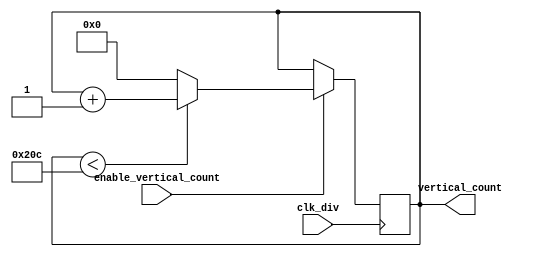
module vertical_vga_counter(
    input clk_div,
    input enable_vertical_count,
    output reg [15:0] vertical_count = 16'b0
);

always @(posedge clk_div) begin
    if(enable_vertical_count == 1'h1) begin
        if(vertical_count < 524)
            vertical_count <= vertical_count + 1'b1;
        else begin
            vertical_count <= 16'b0;
        end
    end
end
endmodule //horizontal_vga_counter